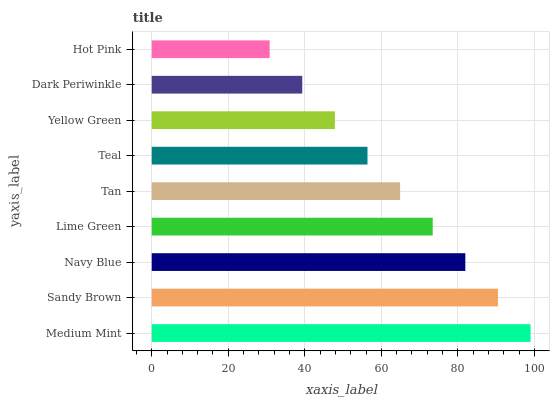
| yaxis_label | bars |
 | --- | --- |
 | Medium Mint | 99 |
 | Sandy Brown | 90.5 |
 | Navy Blue | 82 |
 | Lime Green | 73.4 |
 | Tan | 64.9 |
 | Teal | 56.4 |
 | Yellow Green | 47.9 |
 | Dark Periwinkle | 39.3 |
 | Hot Pink | 30.8 |